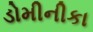
ડોમીનીકા